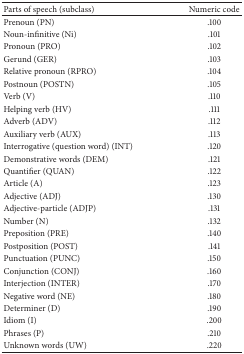
<table><thead><tr><td><b>Parts of speech (subclass)</b></td><td><b>Numeric code </b></td></tr></thead><tbody><tr><td>Prenoun (PN)</td><td>.100</td></tr><tr><td>Noun-infinitive (Ni)</td><td>.101</td></tr><tr><td>Pronoun (PRO)</td><td>.102</td></tr><tr><td>Gerund (GER)</td><td>.103</td></tr><tr><td>Relative pronoun (RPRO)</td><td>.104</td></tr><tr><td>Postnoun (POSTN)</td><td>.105</td></tr><tr><td>Verb (V)</td><td>.110</td></tr><tr><td>Helping verb (HV)</td><td>.111</td></tr><tr><td>Adverb (ADV)</td><td>.112</td></tr><tr><td>Auxiliary verb (AUX)</td><td>.113</td></tr><tr><td>Interrogative (question word) (INT)</td><td>.120</td></tr><tr><td>Demonstrative words (DEM)</td><td>.121</td></tr><tr><td>Quantifier (QUAN)</td><td>.122</td></tr><tr><td>Article (A)</td><td>.123</td></tr><tr><td>Adjective (ADJ)</td><td>.130</td></tr><tr><td>Adjective-particle (ADJP)</td><td>.131</td></tr><tr><td>Number (N)</td><td>.132</td></tr><tr><td>Preposition (PRE)</td><td>.140</td></tr><tr><td>Postposition (POST)</td><td>.141</td></tr><tr><td>Punctuation (PUNC)</td><td>.150</td></tr><tr><td>Conjunction (CONJ)</td><td>.160</td></tr><tr><td>Interjection (INTER)</td><td>.170</td></tr><tr><td>Negative word (NE)</td><td>.180</td></tr><tr><td>Determiner (D)</td><td>.190</td></tr><tr><td>Idiom (I)</td><td>.200</td></tr><tr><td>Phrases (P)</td><td>.210</td></tr><tr><td>Unknown words (UW)</td><td>.220</td></tr></tbody></table>